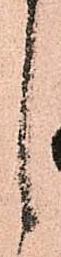
候